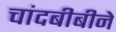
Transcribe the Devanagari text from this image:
चांदबीबीने